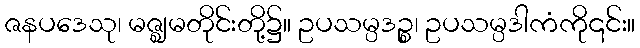
ဇနပဒေသု၊ မဇ္ဈမတိုင်းတို့၌။ ဥပသမ္ပဒဉ္စ၊ ဥပသမ္ပဒါကံကို၎င်း။